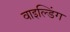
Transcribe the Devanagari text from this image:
वाइल्डिंग